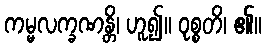
ကမ္မလက္ခဏန္တိ၊ ဟူ၍။ ဝုစ္စတိ၊ ၏။